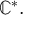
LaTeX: \mathbb { C } ^ { * } .